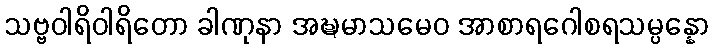
သဗ္ဗဝါရိဝါရိတော ခါဏုနာ အဍ္ဎမာသမေဝ အာစာရဂေါစရသမ္ပန္နော